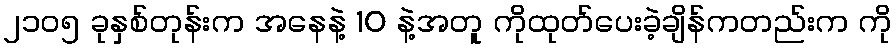
၂၁၀၅ ခုနှစ်တုန်းက အနေနဲ့ 10 နဲ့အတူ ကိုထုတ်ပေးခဲ့ချိန်ကတည်းက ကို